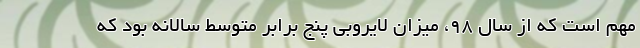
مهم است که از سال ۹۸، میزان لایروبی پنج برابر متوسط سالانه بود که